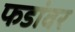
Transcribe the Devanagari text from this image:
फडांवर